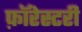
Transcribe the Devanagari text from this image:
फ़ॉरेस्टरी